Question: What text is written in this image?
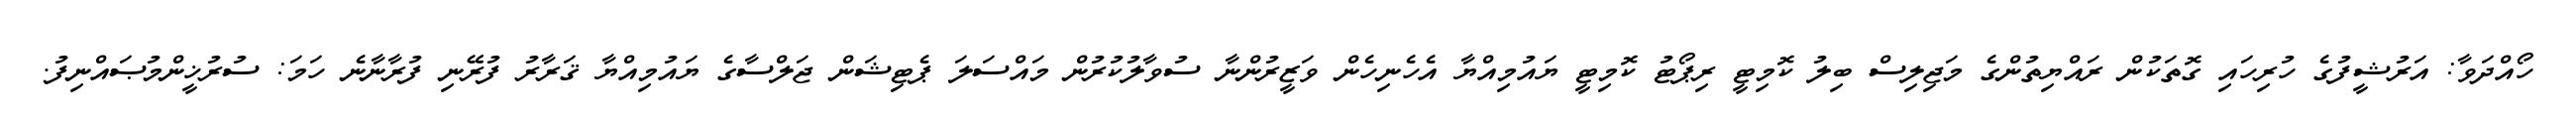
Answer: ހޯއްދަވާ: އަރުޝީފުގެ ހުރިހައި ގޮތަކުން ރައްޔިތުންގެ މަޖިލިސް ބިލު ކޮމިޓީ ރިޕޯޓު ކޮމިޓީ ޔައުމިއްޔާ އެހެނިހެން ވަޒީރުންނާ ސުވާލުކުރުން މައްސަލަ ޕެޓިޝަން ޖަލްސާގެ ޔައުމިއްޔާ ޤަރާރު ފުރޭނި ފުރާނާނެ ހަމަ: ސުރުޚީންމުޞައްނިފު.